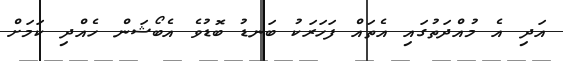
އަދި އެ މުއްދަތުގައި އެތައް ފަހަރަކު ބަނޑު ބޮޑުވެ އެބޯޝަން ހެއްދި ކަމަށް